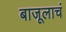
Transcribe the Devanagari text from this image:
बाजूलाचं